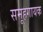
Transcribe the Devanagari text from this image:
समूहगायक